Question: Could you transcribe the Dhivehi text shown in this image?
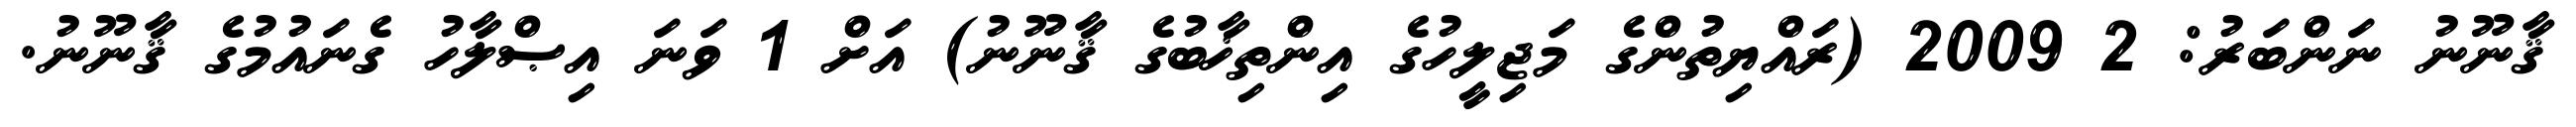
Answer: ޤާނޫނު ނަންބަރު: 2 2009 (ރައްޔިތުންގެ މަޖިލީހުގެ އިންތިޚާބުގެ ޤާނޫނު) އަށް 1 ވަނަ އިޞްލާހު ގެނައުމުގެ ޤާނޫނު.